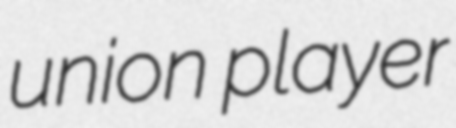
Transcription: union player